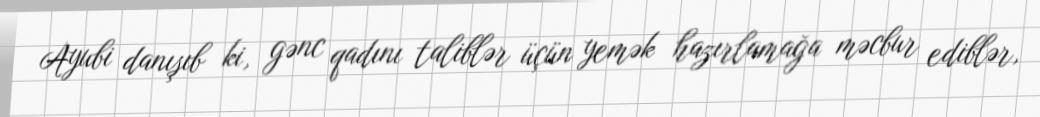
Ayubi danışıb ki, gənc qadını taliblər üçün yemək hazırlamağa məcbur ediblər,